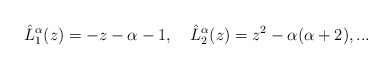
\begin{align*}\hat{L}_1^{\alpha}(z)=-z-\alpha-1,\quad\hat{L}_2^{\alpha}(z)=z^2-\alpha(\alpha+2),...\end{align*}